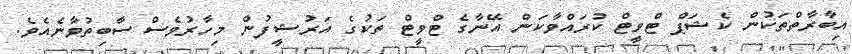
އިބާރާތްތަކުން ކެޝަޕް ޓްވީޓް ކުރައްވާކަން އޭނާގެ ޓްވީޓް ތަކުގެ އަރުޝީފުން މިހާރުވެސް ސާބިތުވާނެއެވެ.